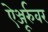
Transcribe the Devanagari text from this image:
ऐञ्जूर्रुवर